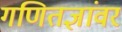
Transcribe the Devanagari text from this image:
गणितज्ञांवर